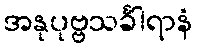
အနုပုဗ္ဗသင်္ခါရာနံ